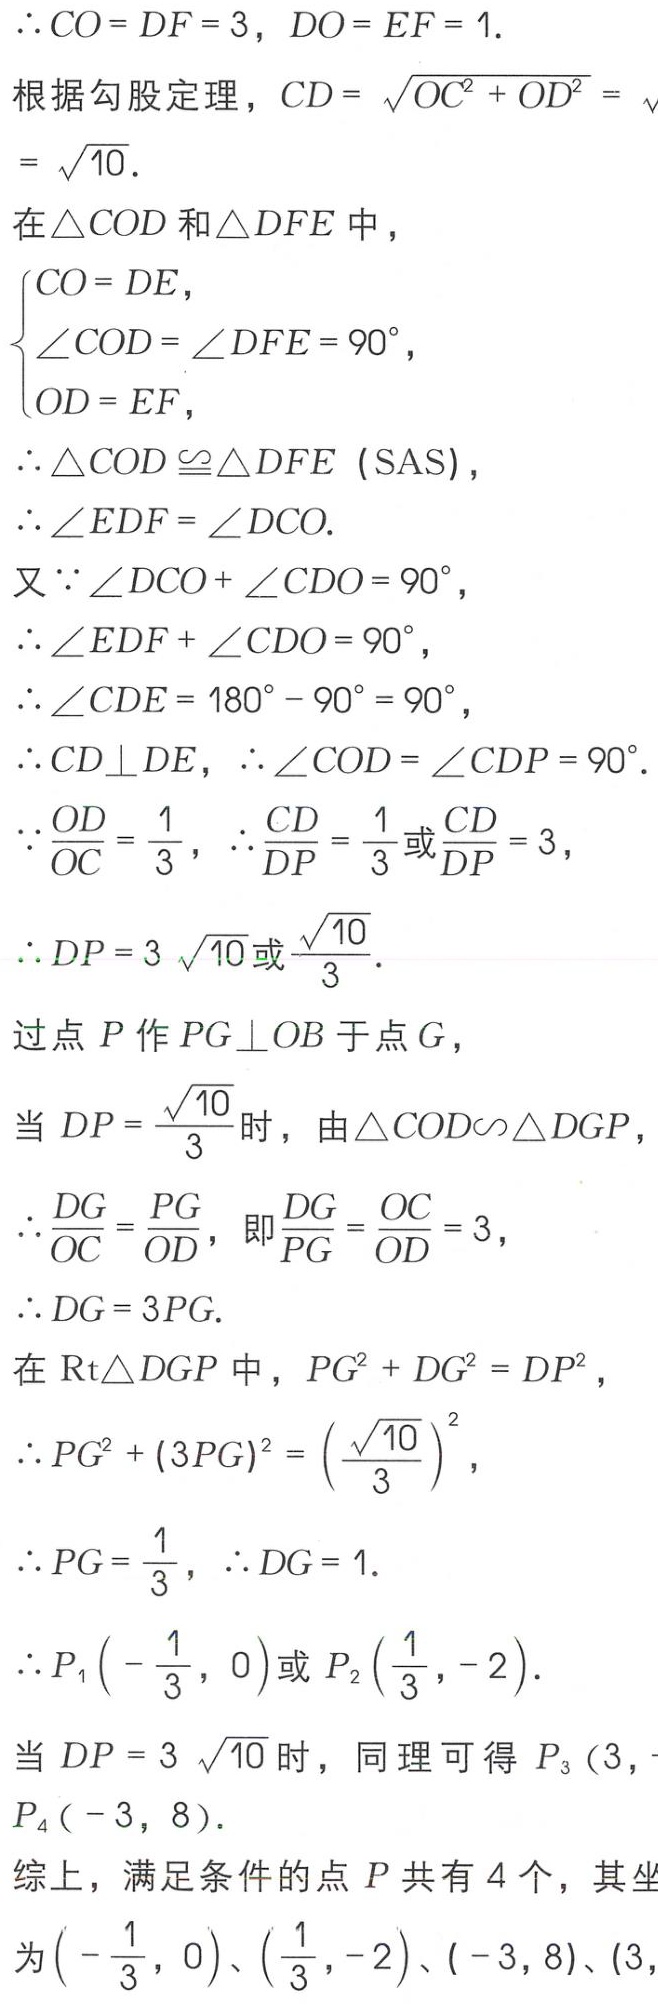
\(\therefore CO = DF = 3, DO = EF = 1.\)
根据勾股定理，\(CD=\sqrt{OC^{2}+OD^{2}}=\sqrt{10}.\)
在\(\triangle COD\)和\(\triangle DFE\)中，
\(\begin{cases}
CO = DE,\\
\angle COD=\angle DFE = 90^{\circ},\\
OD = EF,
\end{cases}\)
\(\therefore \triangle COD\cong\triangle DFE\ (SAS),\)
\(\therefore \angle EDF=\angle DCO.\)
又\(\because \angle DCO+\angle CDO = 90^{\circ},\)
\(\therefore \angle EDF+\angle CDO = 90^{\circ},\)
\(\therefore \angle CDE = 180^{\circ}-90^{\circ}=90^{\circ},\)
\(\therefore CD\perp DE,\therefore \angle COD=\angle CDP = 90^{\circ}.\)
\(\because \frac{OD}{OC}=\frac{1}{3},\therefore \frac{CD}{DP}=\frac{1}{3}或\frac{CD}{DP}=3,\)
\(\therefore DP = 3\sqrt{10}或\frac{\sqrt{10}}{3}.\)
过点\(P\)作\(PG\perp OB\)于点\(G\)，
当\(DP=\frac{\sqrt{10}}{3}\)时，由\(\triangle COD\sim\triangle DGP\)，
\(\therefore \frac{DG}{OC}=\frac{PG}{OD}\)，即\(\frac{DG}{PG}=\frac{OC}{OD}=3,\)
\(\therefore DG = 3PG.\)
在\(Rt\triangle DGP\)中，\(PG^{2}+DG^{2}=DP^{2},\)
\(\therefore PG^{2}+(3PG)^{2}=\left(\frac{\sqrt{10}}{3}\right)^{2},\)
\(\therefore PG=\frac{1}{3},\therefore DG = 1.\)
\(\therefore P_{1}\left(-\frac{1}{3},0\right)或P_{2}\left(\frac{1}{3},-2\right).\)
当\(DP = 3\sqrt{10}\)时，同理可得\(P_{3}(3,\)
\(P_{4}(-3,8).\)
综上，满足条件的点\(P\)共有\(4\)个，其坐
为\(\left(-\frac{1}{3},0\right)\)、\(\left(\frac{1}{3},-2\right)\)、\((-3,8)\)、\((3,\)